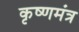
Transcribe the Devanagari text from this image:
कृष्णमंत्र